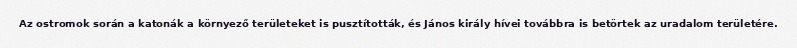
Az ostromok során a katonák a környező területeket is pusztították, és János király hívei továbbra is betörtek az uradalom területére.